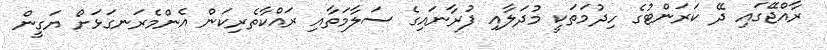
ރާއްޖޭގައި ދޭ ކަރަންޓުގެ ހިދުމަތަކީ މުދަލާއި ފުރާނައިގެ ސަލާމަތާއި ރައްކާތެރިކަން އެންމެރަނގަޅަށް ޔަގީން